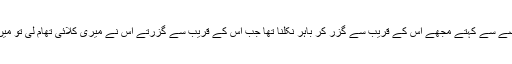
‘‘ پھنکار کر غصے سے کہتے مجھے اس کے قریب سے گزر کر باہر نکلنا تھا جب اس کے قریب سے گزرتے اس نے میری کلائی تھام لی تو میں ششدر سی پلٹی۔